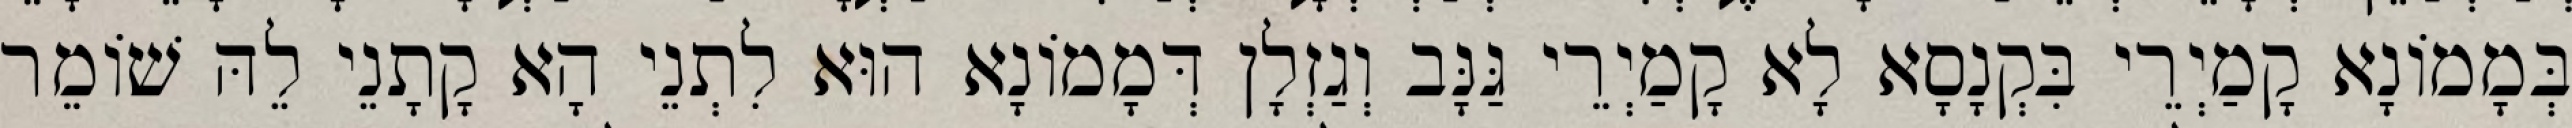
בְּמָמוֹנָא קָמַיְרֵי בִּקְנָסָא לָא קָמַיְרֵי גַּנָּב וְגַזְלָן דְּמָמוֹנָא הוּא לִתְנֵי הָא קָתָנֵי לֵהּ שׁוֹמֵר